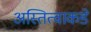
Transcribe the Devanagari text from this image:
अस्तित्वाकडे